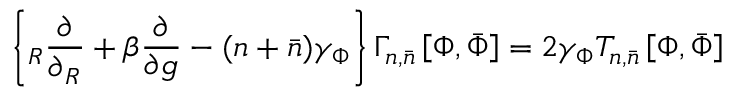
\left\{ \L _ { R } \frac { \partial } { \partial \L _ { R } } + \beta \frac { \partial } { \partial g } - ( n + \bar { n } ) \gamma _ { \Phi } \right\} \Gamma _ { n , \bar { n } } ^ { \L } \left[ \Phi , \bar { \Phi } \right] = 2 \gamma _ { \Phi } { \cal T } _ { n , \bar { n } } ^ { \L } \left[ \Phi , \bar { \Phi } \right]